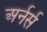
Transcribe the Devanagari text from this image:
अर्नर्स